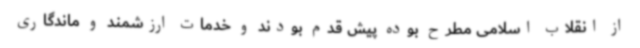
از انقلاب اسلامی مطرح بوده پیش قدم بودند و خدمات ارزشمند و ماندگاری